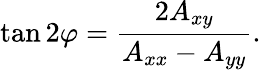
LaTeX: \tan 2\varphi={\frac{2A_{xy}}{A_{xx}-A_{yy}}}.